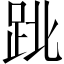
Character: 𨀈